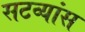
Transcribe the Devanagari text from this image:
सटव्यांस